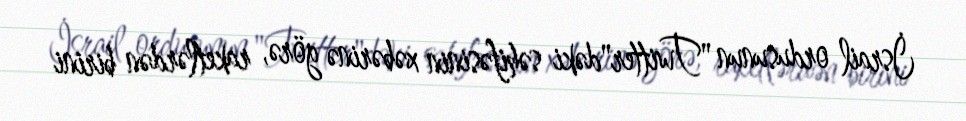
İsrail ordusunun "Twitter"dəki səhifəsinin xəbərinə görə, raketlərdən birini